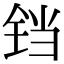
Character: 铛